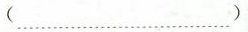
(……)